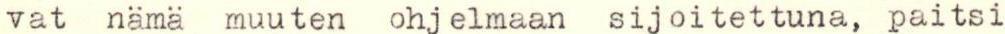
vat nämä muuten ohjelmaan sijoitettuna, paitsi